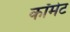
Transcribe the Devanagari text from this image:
कॉमेट